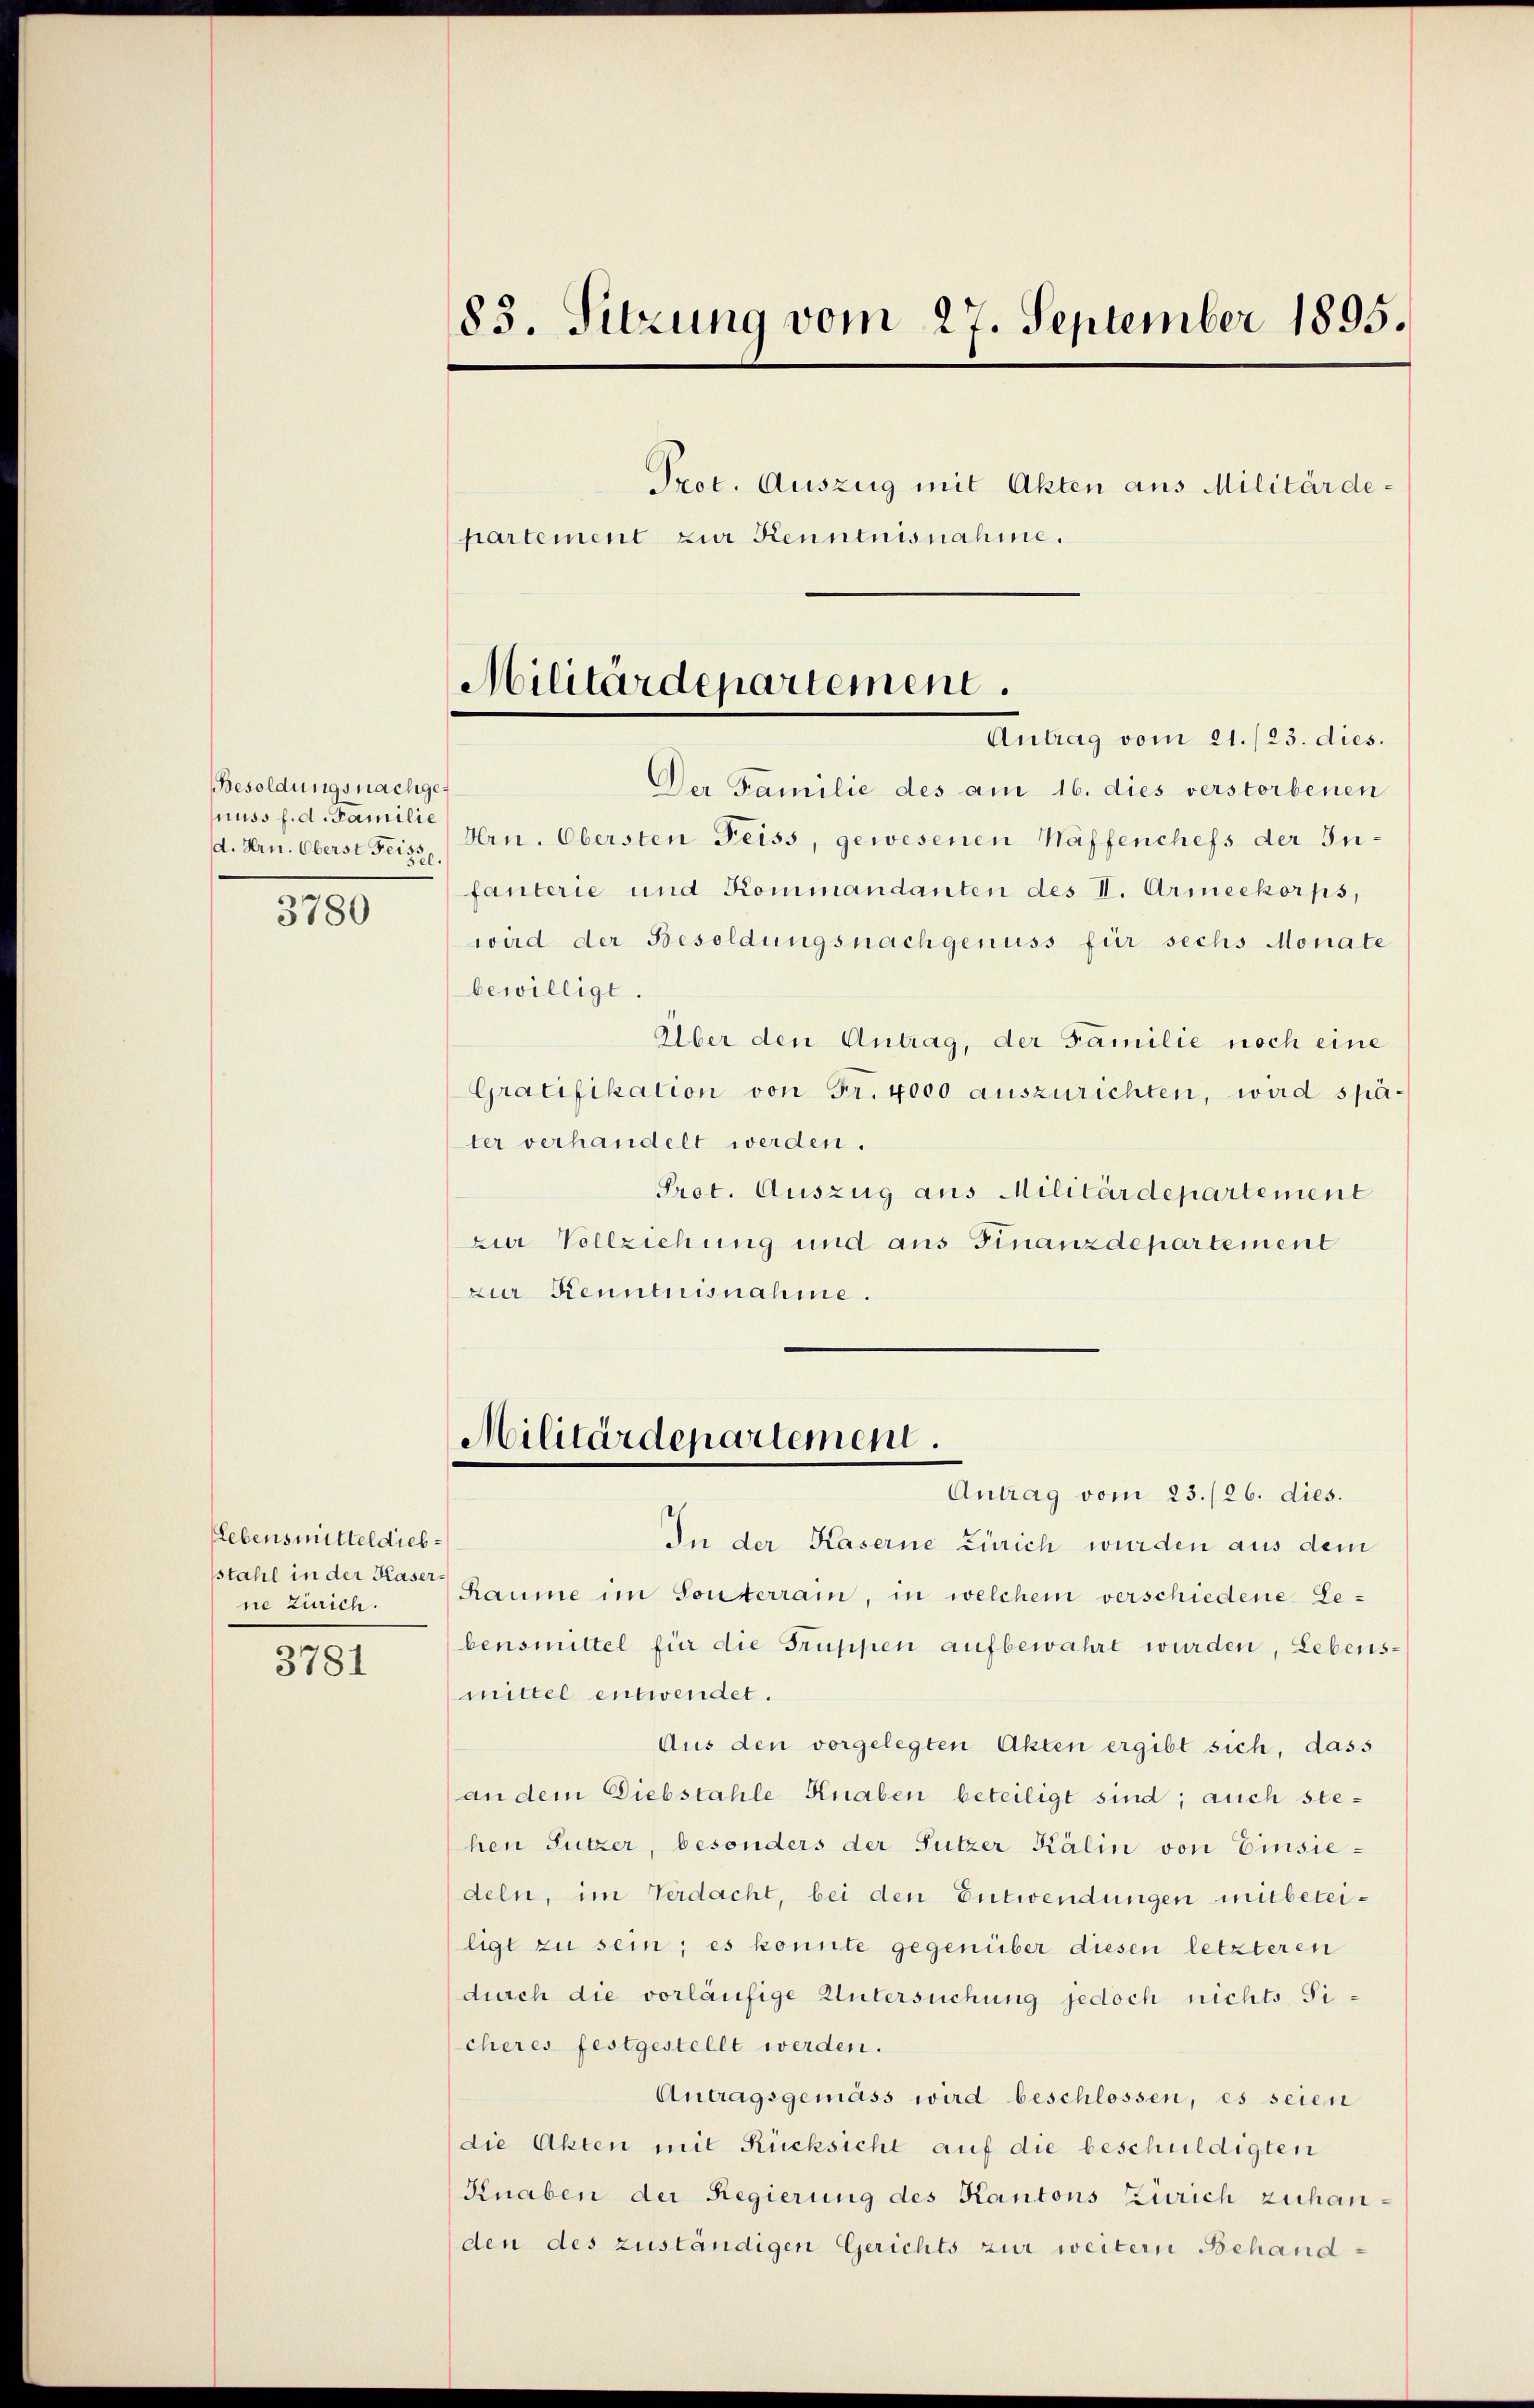
Besoldungsnachgenuss f. d. Familie
d. Hrn. Oberst Feizze,

3780

Lebensmitteldiebstahl in der Kaserne Zürich.

3781

83. Sitzung vom 27. September 1895.
Prot. Auszug mit Akten aus Militärdepartement zur Kenntnisnahme.

Antrag vom 21./23. dies.
Der Familie des am 16. dies verstorbenen
Hrn. Obersten Feiss, gewesenen Waffenchefs der Infanterie und Kommandanten des I. Armeekorps,
wird der Besoldungsnachgenuss für sechs Monate
bewilligt.
Über den Antrag, der Familie noch eine
Gratifikation von Fr. 4000 auszurichten, wird später verhandelt werden.
Prot. Auszug aus Militärdepartement
zur Vollziehung und aus Finanzdepartement
zur Kenntnisnahme.

Militärdepartement.

Militärdepartement.

Antrag vom 23./26. dies.
In der Kaserne Zürich wurden aus dem
Raume im Sonterrain, in welchem verschiedene Lebensmittel für die Gruppen aufbewahrt wurden, Lebensmittel entwendet.
Aus den vorgelegten Akten ergibt sich, dass
an dem Diebstahle Knaben beteiligt sind; auch stehen Sutzer, besonders der Sutzer Kälin von Einsiedeln, im Verdacht, bei den Entwendungen mitbeteiligt zu sein; es konnte gegenüber diesen letzteren
durch die vorläufige Untersuchung jedoch nichts Ticheres festgestellt werden.
Antragsgemäss wird beschlossen, es seien
die Akten mit Rücksicht auf die beschuldigten
Knaben der Regierung des Kantons Zürich zuhanden des zuständigen Gerichts zur weitern Behand¬